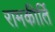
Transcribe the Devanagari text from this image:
रामकीर्ति